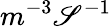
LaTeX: m^{-3}\mathscr{S}^{-1}